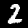
Digit: 2